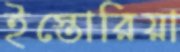
ইস্তোরিয়া